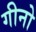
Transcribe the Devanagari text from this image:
गीनो